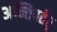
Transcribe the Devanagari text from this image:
अन्तिपतेर्